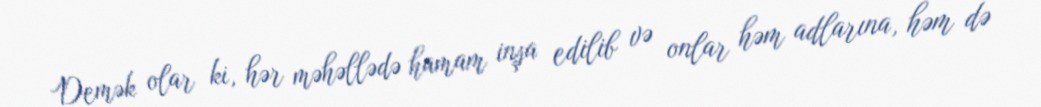
Demək olar ki, hər məhəllədə hamam inşa edilib və onlar həm adlarına, həm də